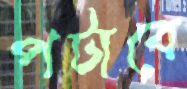
পটাবে